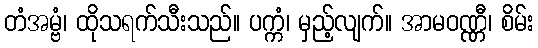
တံအမ္ဗံ၊ ထိုသရက်သီးသည်။ ပက္ကံ၊ မှည့်လျက်။ အာမဝဏ္ဏီ၊ စိမ်း